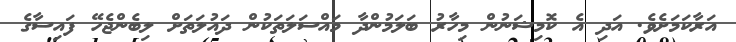
އަރާކަމަށެވެ. އަދި އެ ކޮމިޝަނުން މިހާރު ބަލަމުންދާ މައްސަލަތަކުން ދައުލަތަށް ލިބެންޖެހޭ ފައިސާގެ